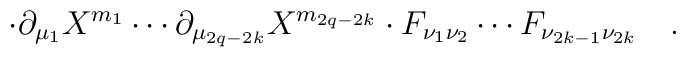
\cdot \partial _{\mu _1}X^{m_1}\cdots \partial _{\mu_{2q-2k}}X^{m_{2q-2k}}\cdot F_{\nu _1\nu _2}\cdots F_{\nu _{2k-1}\nu_{2k}}\quad .